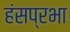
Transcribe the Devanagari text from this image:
हंसप्रभा